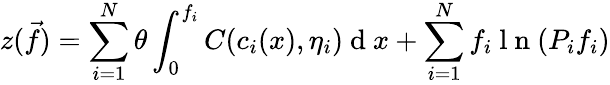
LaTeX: z(\vec{f})=\sum_{i=1}^{N}\theta\int_{0}^{f_{i}}C(c_{i}(x),\eta_{i})\mathrm{~d~}x+\sum_{i=1}^{N}f_{i}\mathrm{~l~n~}(P_{i}f_{i})